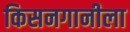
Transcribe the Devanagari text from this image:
किसनगानीला